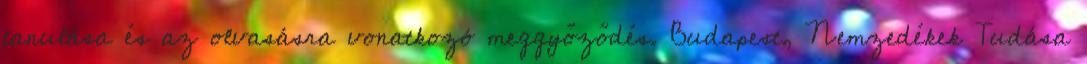
tanulása és az olvasásra vonatkozó meggyőződés. Budapest, Nemzedékek Tudása